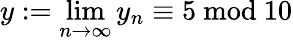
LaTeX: y:=\operatorname*{lim}_{n\to\infty}y_{n}\equiv 5{\mathrm{~mod~}}10